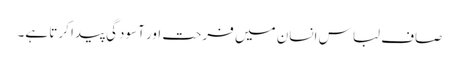
صاف لباس انسان میں فرحت اور آسودگی پیدا کرتا ہے۔